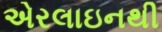
એરલાઇનથી